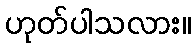
ဟုတ်ပါသလား။